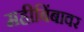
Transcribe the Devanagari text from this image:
महीबिंबावर